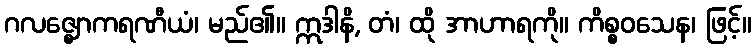
ဂလဇ္ဈောကရဏီယံ၊ မည်၏။ ဣဒါနိ, တံ၊ ထို အာဟာရကို။ ကိစ္စဝသေန၊ ဖြင့်။